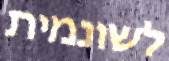
לשונמית